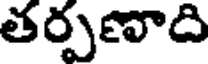
తర్పణాది